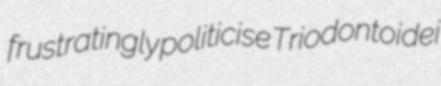
frustratingly politicise Triodontoidei